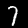
Label: 7